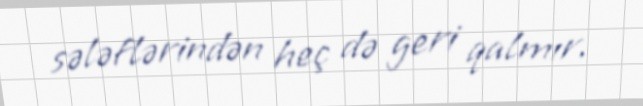
sələflərindən heç də geri qalmır.